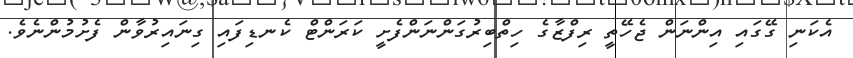
އެކަނި ގޭގައި އިންނަން ޖެހޭތީ ރިފްޒާގެ ހިތްބިރުގަންނަންފެށީ ކަރަންޓް ކެނޑިފައި ގިނައިރުވާން ފެށުމުންނެވެ.